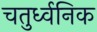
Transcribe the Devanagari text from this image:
चतुर्ध्वनिक